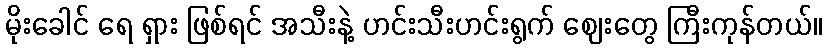
မိုးခေါင် ရေ ရှား ဖြစ်ရင် အသီးနဲ့ ဟင်းသီးဟင်းရွက် ဈေးတွေ ကြီးကုန်တယ်။